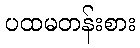
ပထမတန်းစား